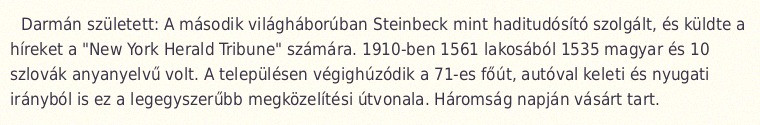
Darmán született: A második világháborúban Steinbeck mint haditudósító szolgált, és küldte a híreket a "New York Herald Tribune" számára. 1910-ben 1561 lakosából 1535 magyar és 10 szlovák anyanyelvű volt. A településen végighúzódik a 71-es főút, autóval keleti és nyugati irányból is ez a legegyszerűbb megközelítési útvonala. Háromság napján vásárt tart.